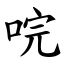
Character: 唍